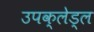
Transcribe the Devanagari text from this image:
उपक्लेड्ल